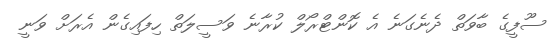
ސޫފީގެ ބާވަތް ދެނެގަނެ އެ ކޮންޓްރޯލް ކުރާނެ ވަސީލަތް ހިފައިގެން އެރަށް ވަނީ